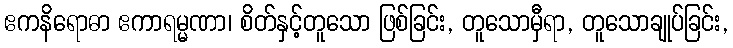
ဧကနိရောဓာ ဧကာရမ္မဏာ၊ စိတ်နှင့်တူသော ဖြစ်ခြင်း, တူသောမှီရာ, တူသောချုပ်ခြင်း,